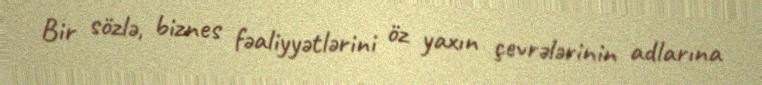
Bir sözlə, biznes fəaliyyətlərini öz yaxın çevrələrinin adlarına